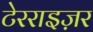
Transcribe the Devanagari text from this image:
टेरराइज़र